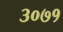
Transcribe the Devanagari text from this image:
३०७१